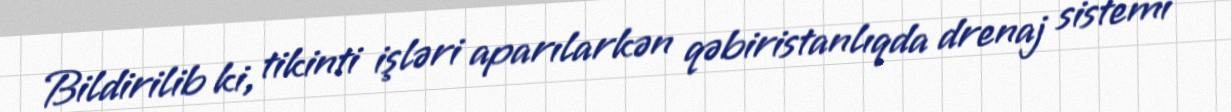
Bildirilib ki, tikinti işləri aparılarkən qəbiristanlıqda drenaj sistemi